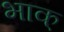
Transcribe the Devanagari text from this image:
भाक्‌